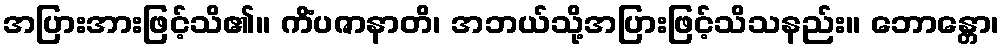
အပြားအားဖြင့်သိ၏။ ကိံပဇာနာတိ၊ အဘယ်သို့အပြားဖြင့်သိသနည်း။ ဘောန္တော၊